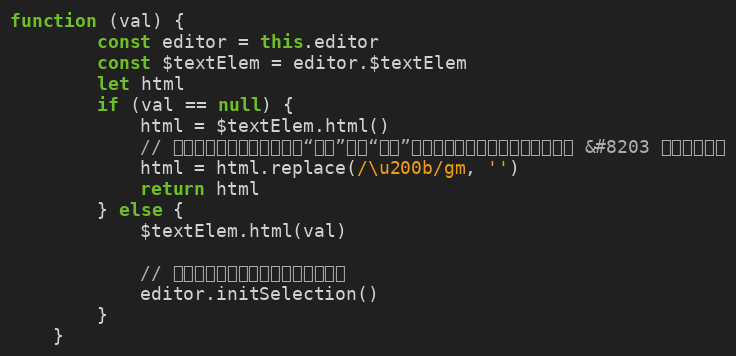
Language: JavaScript
function (val) {
        const editor = this.editor
        const $textElem = editor.$textElem
        let html
        if (val == null) {
            html = $textElem.html()
            // 未选中任何内容的时候点击“加粗”或者“斜体”等按钮，就得需要一个空的占位符 &#8203 ，这里替换掉
            html = html.replace(/\u200b/gm, '')
            return html
        } else {
            $textElem.html(val)

            // 初始化选取，将光标定位到内容尾部
            editor.initSelection()
        }
    }